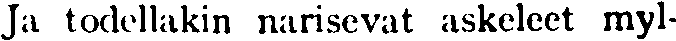
Ja todellakin narisevat askeleet myl-